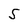
Character: 5